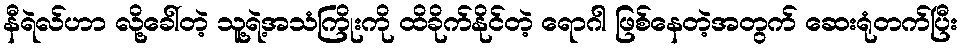
နီရဲလ်ဟာ လို့ခေါ်တဲ့ သူ့ရဲ့အသံကြိုးကို ထိခိုက်နိုင်တဲ့ ရောဂါ ဖြစ်နေတဲ့အတွက် ဆေးရုံတက်ပြီး